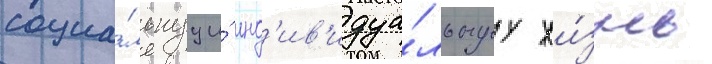
социа́льнуу и́ инд'ив'идуа́льнуу жи́знь